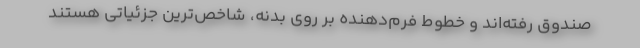
صندوق رفته‌اند و خطوط فرم‌دهنده بر روی بدنه، شاخص‌ترین جزئیاتی هستند